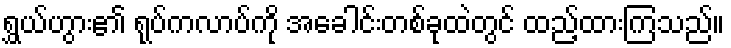
ရွှယ်ဟွား၏ ရုပ်ကလာပ်ကို အခေါင်းတစ်ခုထဲတွင် ထည့်ထားကြသည်။